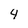
Character: 4